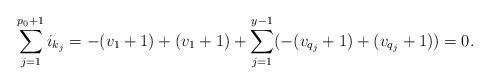
LaTeX: \begin{align*} \sum_{j=1}^{p_0+1}i_{k_j}= -(v_1+1)+(v_1+1)+\sum_{j=1}^{y-1}(-(v_{q_j}+1)+(v_{q_j}+1))=0. \end{align*}